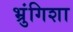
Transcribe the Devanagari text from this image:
भ्रुंगिशा